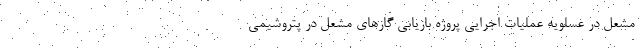
مشعل در عسلویه عملیات اجرایی پروژه بازیابی گازهای مشعل در پتروشیمی